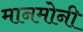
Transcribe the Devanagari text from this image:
मानमोनी